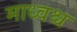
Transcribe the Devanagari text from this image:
माध्वश्च